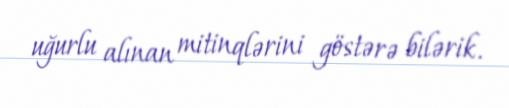
uğurlu alınan mitinqlərini göstərə bilərik.